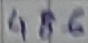
Text: 486